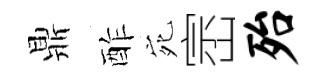
鼎酢宛崈殆